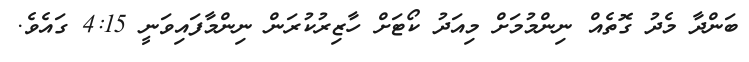
ބަންދާ މެދު ގޮތެއް ނިންމުމަށް މިއަދު ކޯޓަށް ހާޒިރުކުރަން ނިންމާފައިވަނީ 4:15 ގައެވެ.